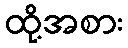
ထို့အစား